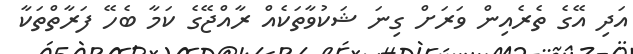
އަދި އޭގެ ތެރެއިން ވަރަށް ގިނަ ޝަކުވާތަކެއް ރާއްޖޭގެ ކަމާ ބެހޭ ފަރާތްތަކާ